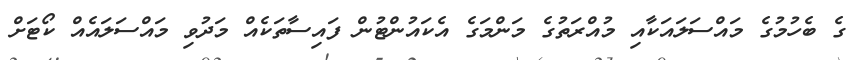
ގެ ބެހުމުގެ މައްސަލައަކާއި މުއްރަތުގެ މަންމަގެ އެކައުންޓުން ފައިސާތަކެއް މަދުވި މައްސަލައެއް ކޯޓަށް